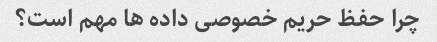
چرا حفظ حریم خصوصی داده ها مهم است؟